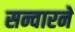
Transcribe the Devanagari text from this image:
सन्वारने